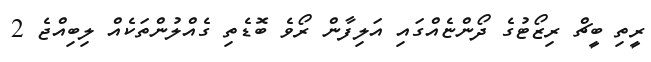
ރީތި ބީޗް ރިޒޯޓުގެ ދޯންޏެއްގައި އަލިފާން ރޯވެ ބޮޑެތި ގެއްލުންތަކެއް ލިބިއްޖެ 2